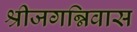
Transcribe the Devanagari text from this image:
श्रीजगन्निवास